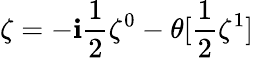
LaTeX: \zeta=-\mathbf{i}\frac{{1}}{{2}}\zeta^{0}-\theta[\frac{{1}}{{2}}\zeta^{1}]